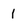
Character: 1